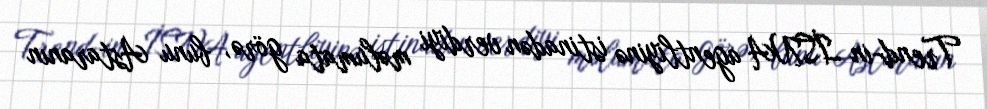
Trend-in İSNA agentliyinə istinadən verdiyi məlumata görə, bunu Astaranın